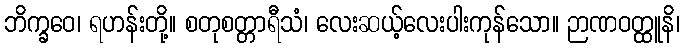
ဘိက္ခဝေ၊ ရဟန်းတို့။ စတုစတ္တာရီသံ၊ လေးဆယ့်လေးပါးကုန်သော။ ဉာဏဝတ္ထူနိ၊